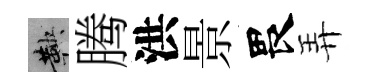
鞅腾洪景畏弄